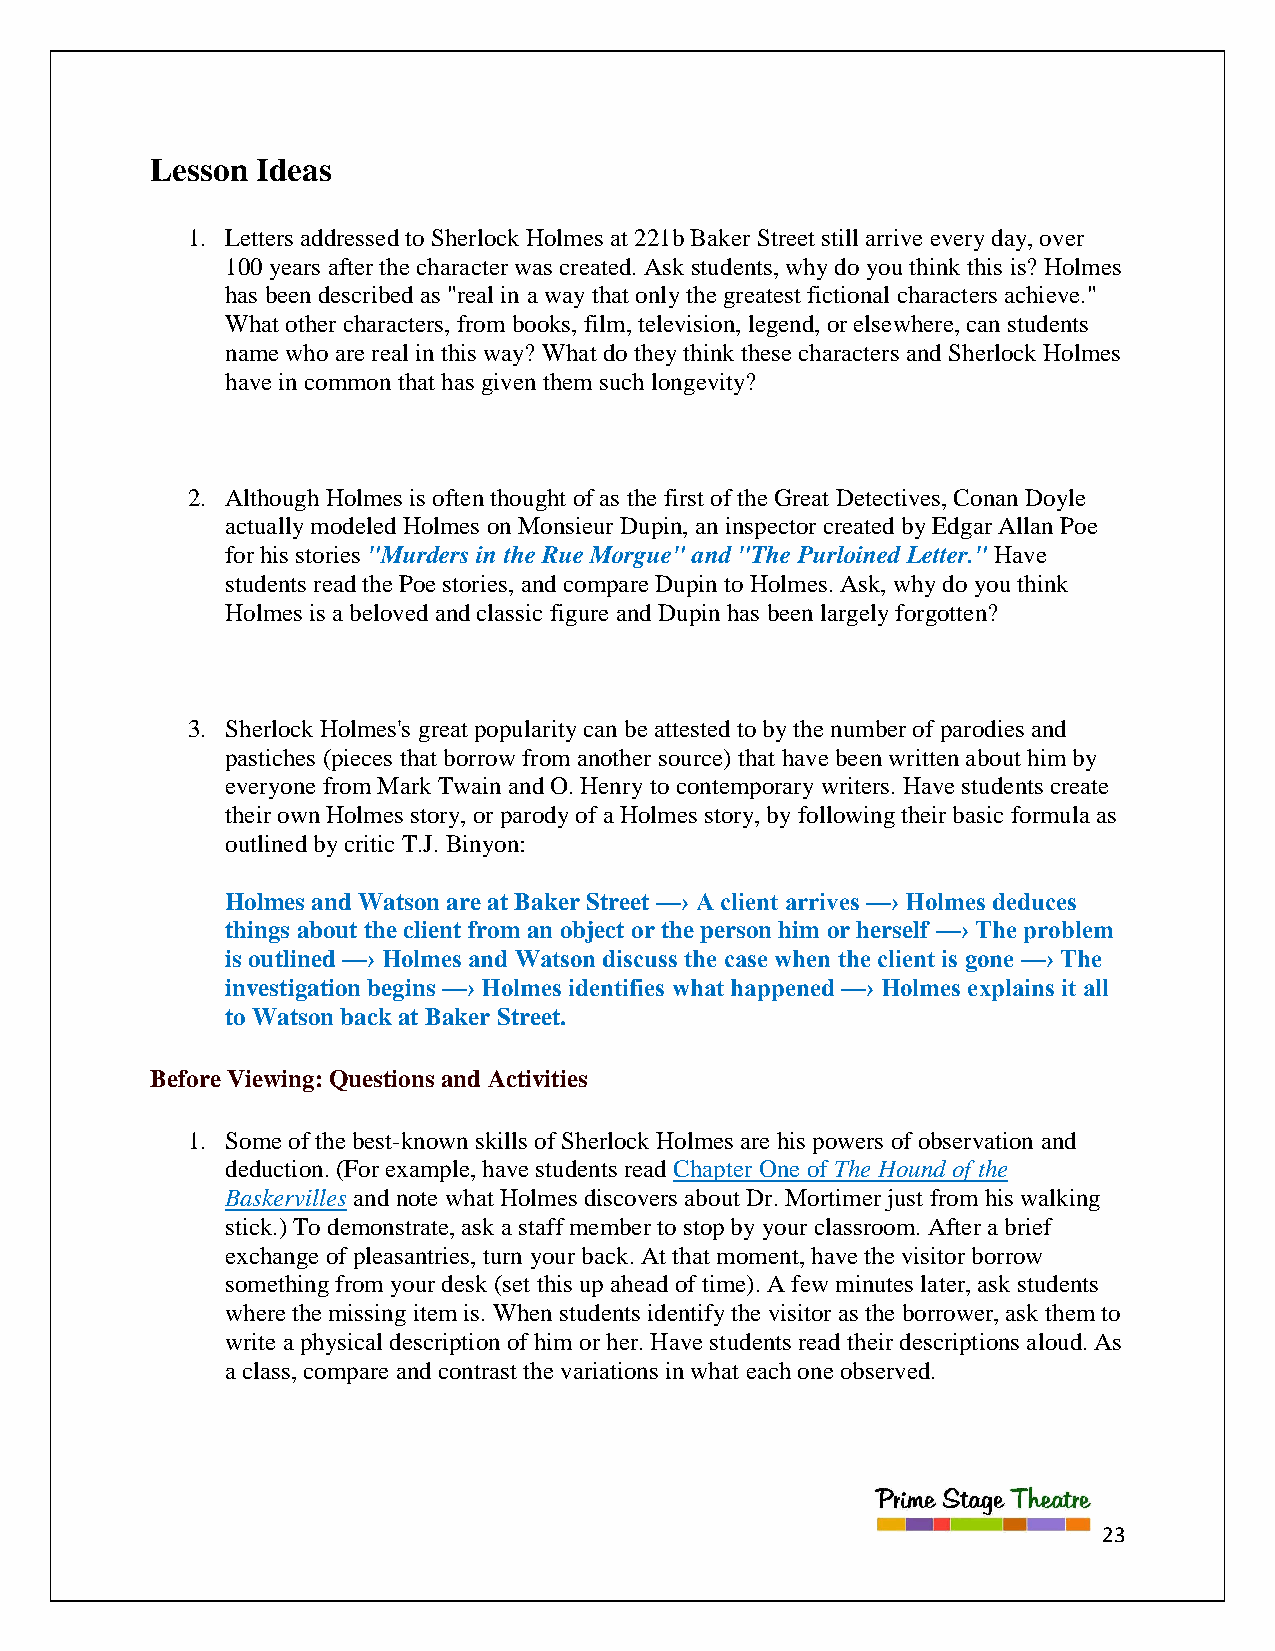
Lesson Ideas
 1. Letters addressed to Sherlock Holmes at 221b Baker Street still arrive every day, over
 100 years after the character was created. Ask students, why do you think this is? Holmes
 has been described as "real in a way that only the greatest fictional characters achieve."
 What other characters, from books, film, television, legend, or elsewhere, can students
 name who are real in this way? What do they think these characters and Sherlock Holmes
 have in common that has given them such longevity?
 2. Although Holmes is often thought of as the first of the Great Detectives, Conan Doyle
 actually modeled Holmes on Monsieur Dupin, an inspector created by Edgar Allan Poe
 for his stories "Murders in the Rue Morgue" and "The Purloined Letter." Have
 students read the Poe stories, and compare Dupin to Holmes. Ask, why do you think
 Holmes is a beloved and classic figure and Dupin has been largely forgotten?
 3. Sherlock Holmes's great popularity can be attested to by the number of parodies and
 pastiches (pieces that borrow from another source) that have been written about him by
 everyone from Mark Twain and O. Henry to contemporary writers. Have students create
 their own Holmes story, or parody of a Holmes story, by following their basic formula as
 outlined by critic T.J. Binyon:
 Holmes and Watson are at Baker Street —› A client arrives —› Holmes deduces
 things about the client from an object or the person him or herself —› The problem
 is outlined —› Holmes and Watson discuss the case when the client is gone —› The
 investigation begins —› Holmes identifies what happened —› Holmes explains it all
 to Watson back at Baker Street.
 Before Viewing: Questions and Activities
 1. Some of the best-known skills of Sherlock Holmes are his powers of observation and
 deduction. (For example, have students read Chapter One of The Hound of the
 Baskervilles and note what Holmes discovers about Dr. Mortimer just from his walking
 stick.) To demonstrate, ask a staff member to stop by your classroom. After a brief
 exchange of pleasantries, turn your back. At that moment, have the visitor borrow
 something from your desk (set this up ahead of time). A few minutes later, ask students
 where the missing item is. When students identify the visitor as the borrower, ask them to
 write a physical description of him or her. Have students read their descriptions aloud. As
 a class, compare and contrast the variations in what each one observed.
 23